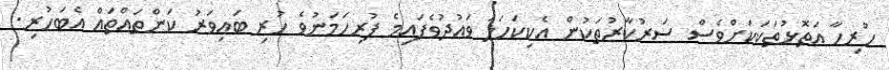
ހުރިހާ އަތޮޅުތަކަކަށްވެސް ސަރުކާރުތަކުން އެކިކަހަލަ ވަޢުދުވެފައިމެ ފުރިހަމަނުވެ ހުރި ބައިވަރު ކަންތައްތައް އެބަހުރި.